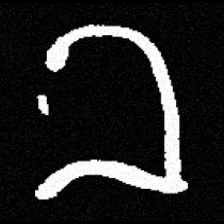
Pyu character \u2014 Myanmar letter: ခ (romanized: kha)